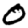
Digit: 0